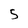
Character: 5